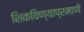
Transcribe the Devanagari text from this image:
शिकविण्याप्रमाणें